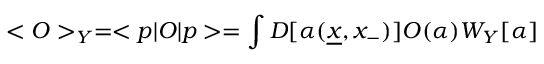
< O > _ { Y } = < p \vert O \vert p > = \int { \large D } [ \alpha ( { \underline { { x } } } , x _ { - } ) ] O ( \alpha ) W _ { Y } [ \alpha ]